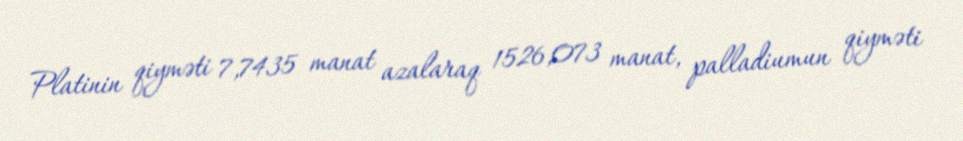
Platinin qiyməti 7,7435 manat azalaraq 1526,073 manat, palladiumun qiyməti